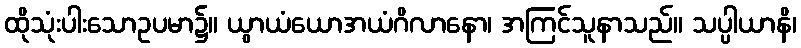
ထိုသုံးပါးသောဥပမာ၌။ ယွာယံယောအယံဂိလာနော၊ အကြင်သူနာသည်။ သပ္ပါယာနိ၊